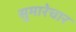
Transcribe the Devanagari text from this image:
सुमारेचार